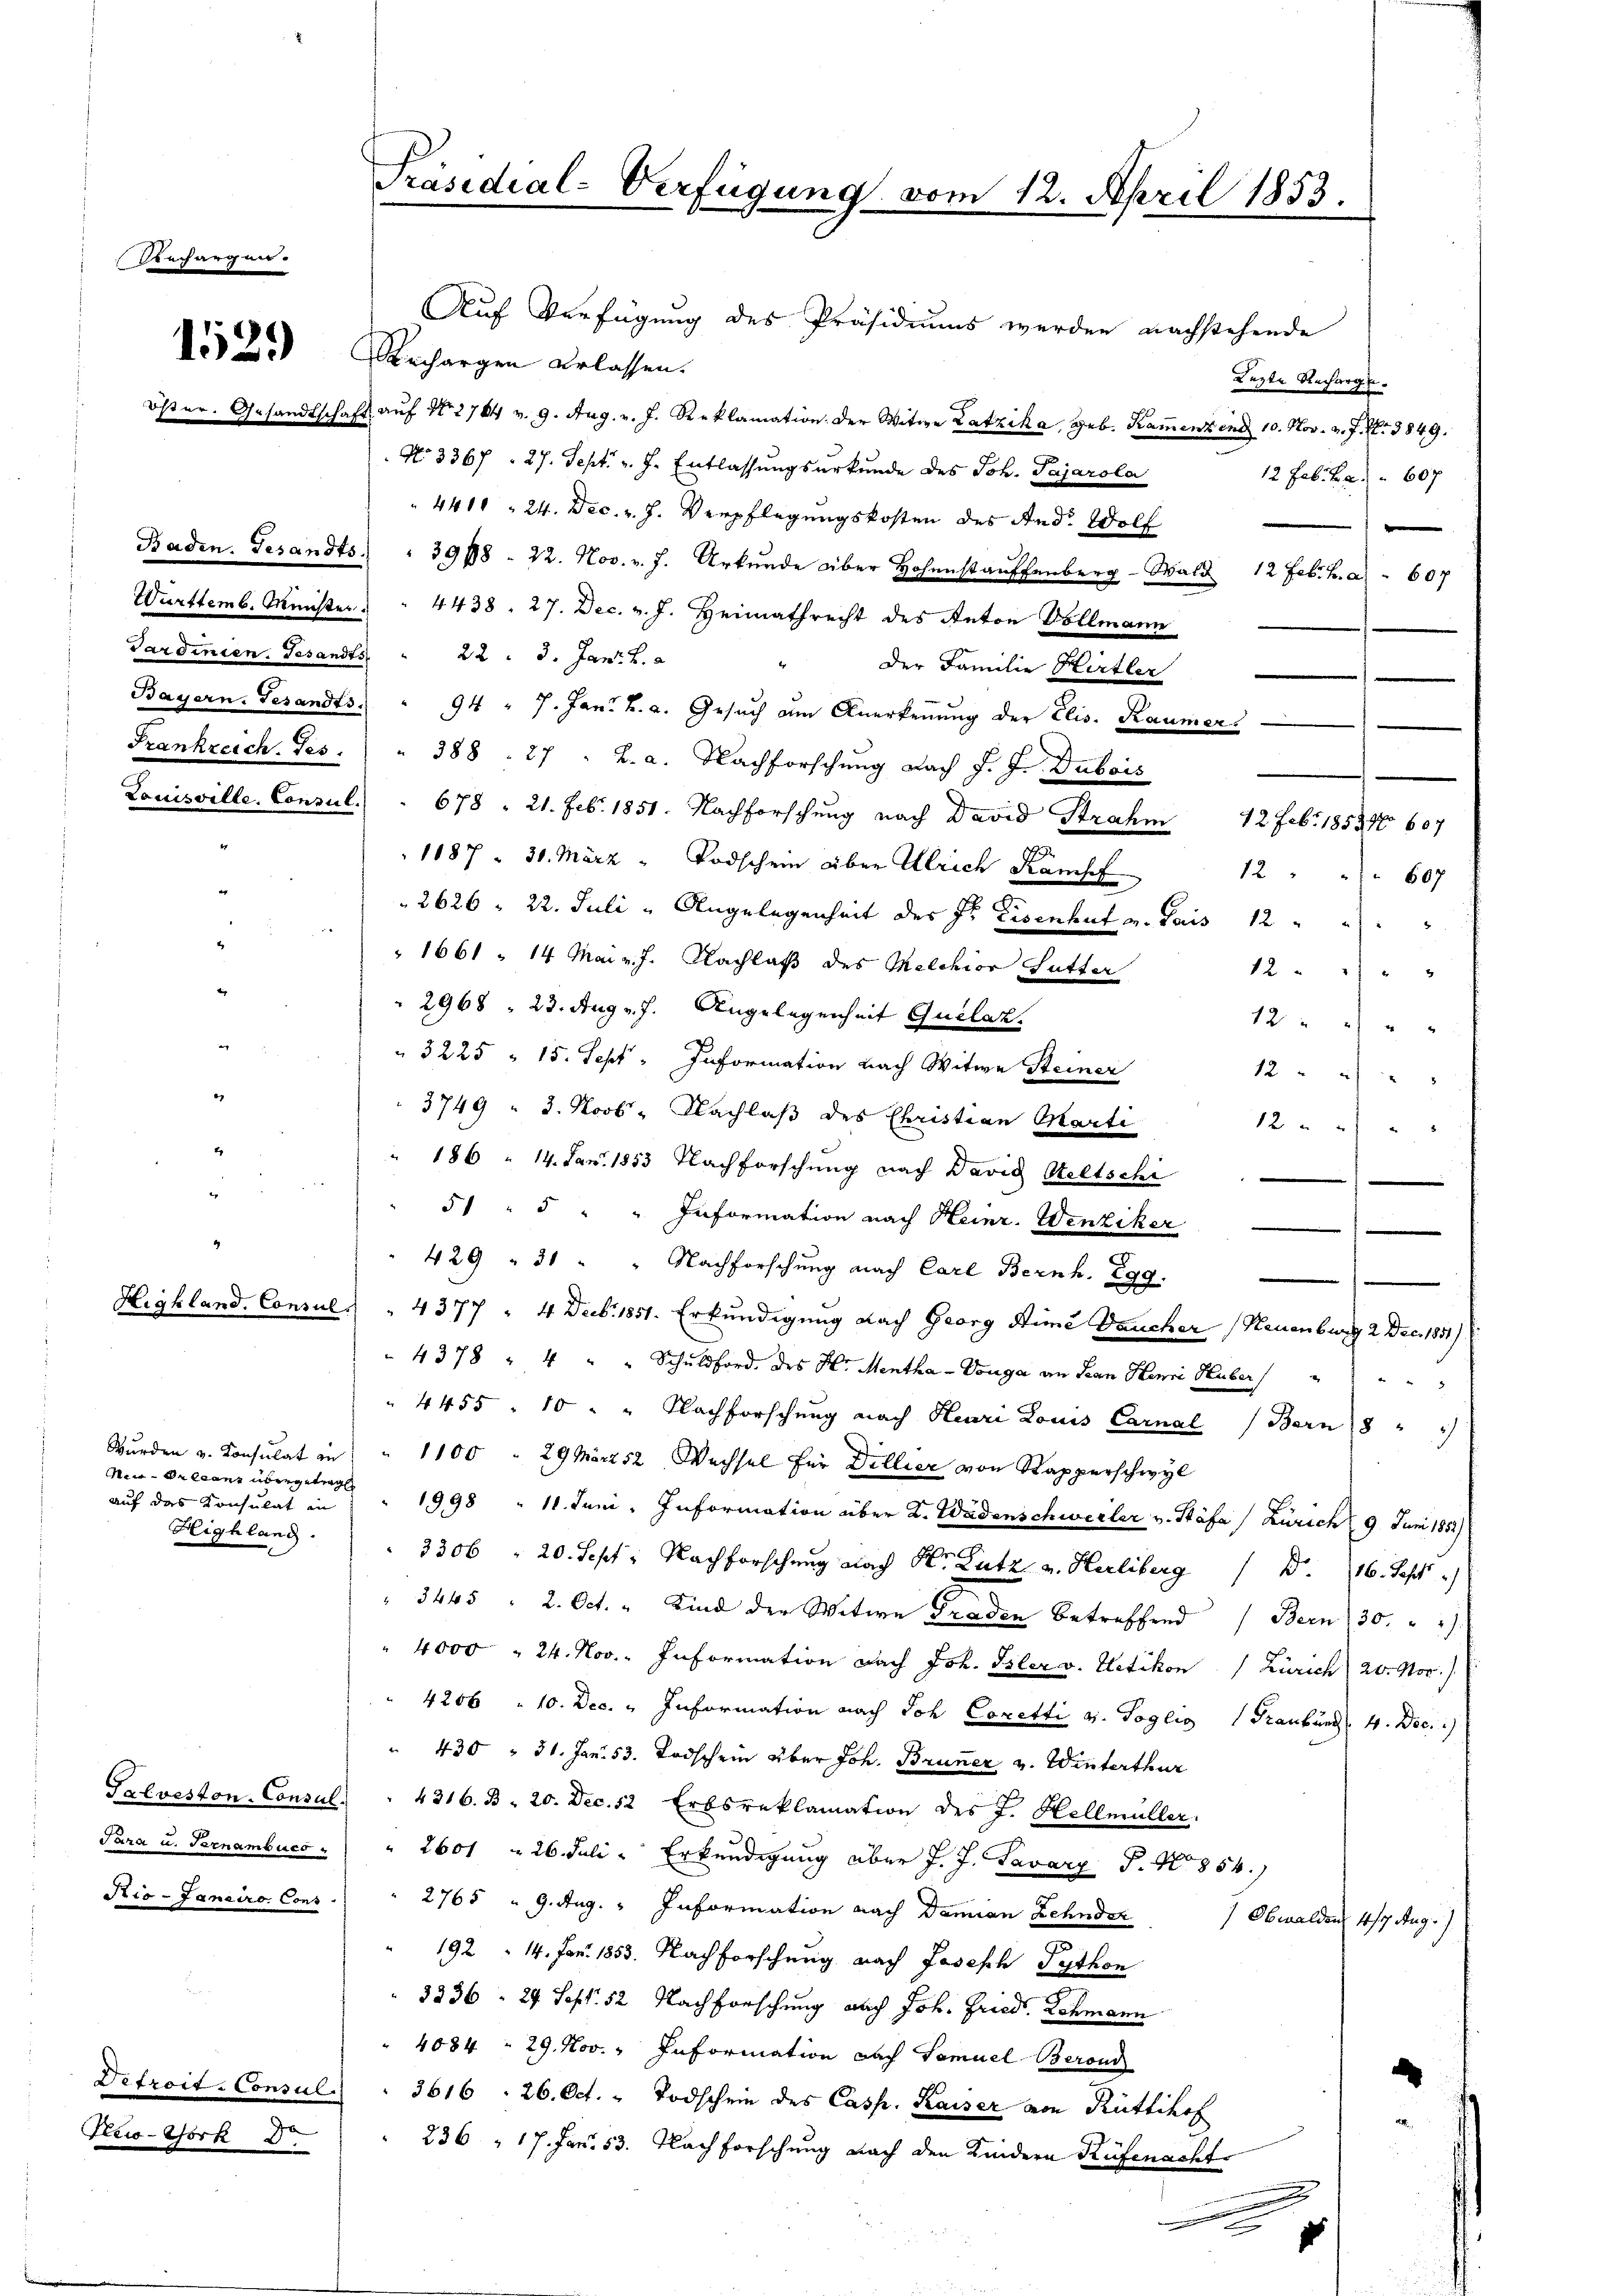
M.

Ain Precanz übergetrag
auf das Konsulat in
Highland.

1529

ds

Iteio-Bork d

Präsidial-Verfügung vom 12. April 1853.

Sardinien. Gesandts 22. 3. Jan. 2.

Auf Verfügung des Präsidiums werden nachstehende
Rechargen erlassen.
schaft auf No 2764 v. 9. Aug. v. J. Reklamation. Der Witwe Latzika, geb. Kammenzend 10. Nov. v. J. N. 3849.
No 3367. 27. Sept. v. J. Entlassungsurkunde des Joh. Pajarola
441, 24. Dec. v. J. Verpflegungskosten des And. Wolf
Baden. Gesandts. " 39798 - 22. Nov. v. J. Urkŭnde über Hohenstauffenberg-Wald 12 Febr. h. a. 607
Württemb. Minister " " 4438. 27. Dec. v. J. Heimathrecht des Anton Vollmann
" der Familie Hirtler
Bayern. Gesandts " 94 " 7. Jan. h. a. Gesuch am Anerkennung der Elis. Raumer
Frankreich. Ges. " 388. 27 " L. a. Nachforschŭng nach J. J. Dubois
Louisville, Consul . . 678. 21. Feb. 1851. Nachforschung nach David Strahm 12 Feb. 1853 607
1087 - 30. März - Todschein über Ulrich Kampf
2626 = 22. Juli " Angelegenheit des Hs. Eisenhut u. Paris 12
1661. 14. Mai v. J. Nachlaß des Melchior Sutter
2968 " 23. Aug. v. J. Angelegenheit Quilaz.
3225 " 15. Sept: Information nach Witwe Steiner
12
3749 " 3. Novb. Nachlaß des Christian Marti
12
186 " 14. Jan. 1853 Nachforschung nach David Seltschi
51 " 5 " " Information nach Heinr. Wenziker
e
429 " 31 " " Nachforschung nach Carl Bernh. 299.
.
Highland. Consul " " 4377 " 4 Decb. 1851. Erkundigung nach Georg Stime Deucher (Neuenburg 2 Dec. 1851)
4378 " 4 " " Schuldford, des H. Mentha-Vonga an Jean Herr Huber
4455 - 10 " " Nachforschung nach Henri Louis Carnal (Bern 8 " "
Wurden u. Consulat in " 1100 " 29 März 52 Wechsel für Dillier von Rapperschwyl
1998 " 11. Juni. Information über K. Wädenschweiler v. Stäfa / Zürich (9 Juni 1852)
3306 " 20. Sept. Nachforschung nach Hr. Lutz v. Herliberg d. 116. Sept
" 3445 " 2. Oct. " Kind der Witwe Graden betreffend Bern 30. " "
4000 " 24. Nov. Information nach Joh. Isler v. Uetikon (Zürich 20. Nov.
4206 " 10. Dec. " Information nach Joh. Coretti v. Toglio Graubünd 4. Dec.
" 430 " 31. Jan. 53. Todschein über Joh. Bruner v. Winterthur
Palveston. Consul " " 4316. B. 20. Dec. 52 Erbsreklamation des J. Hellmüller.
Para u. Pernambuca " " 2601 " 26. Juli - Erkundigung über J. J. Savarz P. No 854.
Rio-Janeiro Cons. " 2765 " 9. Aug. " Information nach Damian Zehnder
Obwalden 474 Aug.
192 - 14. Fr. 1853. Nachforschung nach Joseph Python
3336 - 24 Sept. 52 Nachforschung auch Joh. Fried. Schmann
4084 = 29. Nov. Information nach Samuel Beroni
Detroit-Consul    3616. 26. Oct. " Todschein des Casp. Kaiser von Rüttihof
1
236, 17. Jan. 53. Nachforschung nach den Kindern Küfenacht

Lezte Recharge-
12 Feb. Kr. 607

.
.

e

12
607
12 " " " 2
12 "